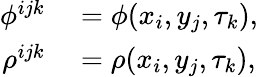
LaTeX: \begin{array}{rl}{\phi^{ijk}}&{{}=\phi(x_{i},y_{j},\tau_{k}),}\\ {\rho^{ijk}}&{{}=\rho(x_{i},y_{j},\tau_{k}),}\end{array}